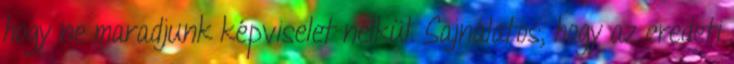
hogy ne maradjunk képviselet nélkül. Sajnálatos, hogy az eredeti